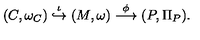
( C , \omega _ { C } ) \stackrel { \iota } { \hookrightarrow } ( M , \omega ) \stackrel { \phi } { \longrightarrow } ( P , \Pi _ { P } ) .